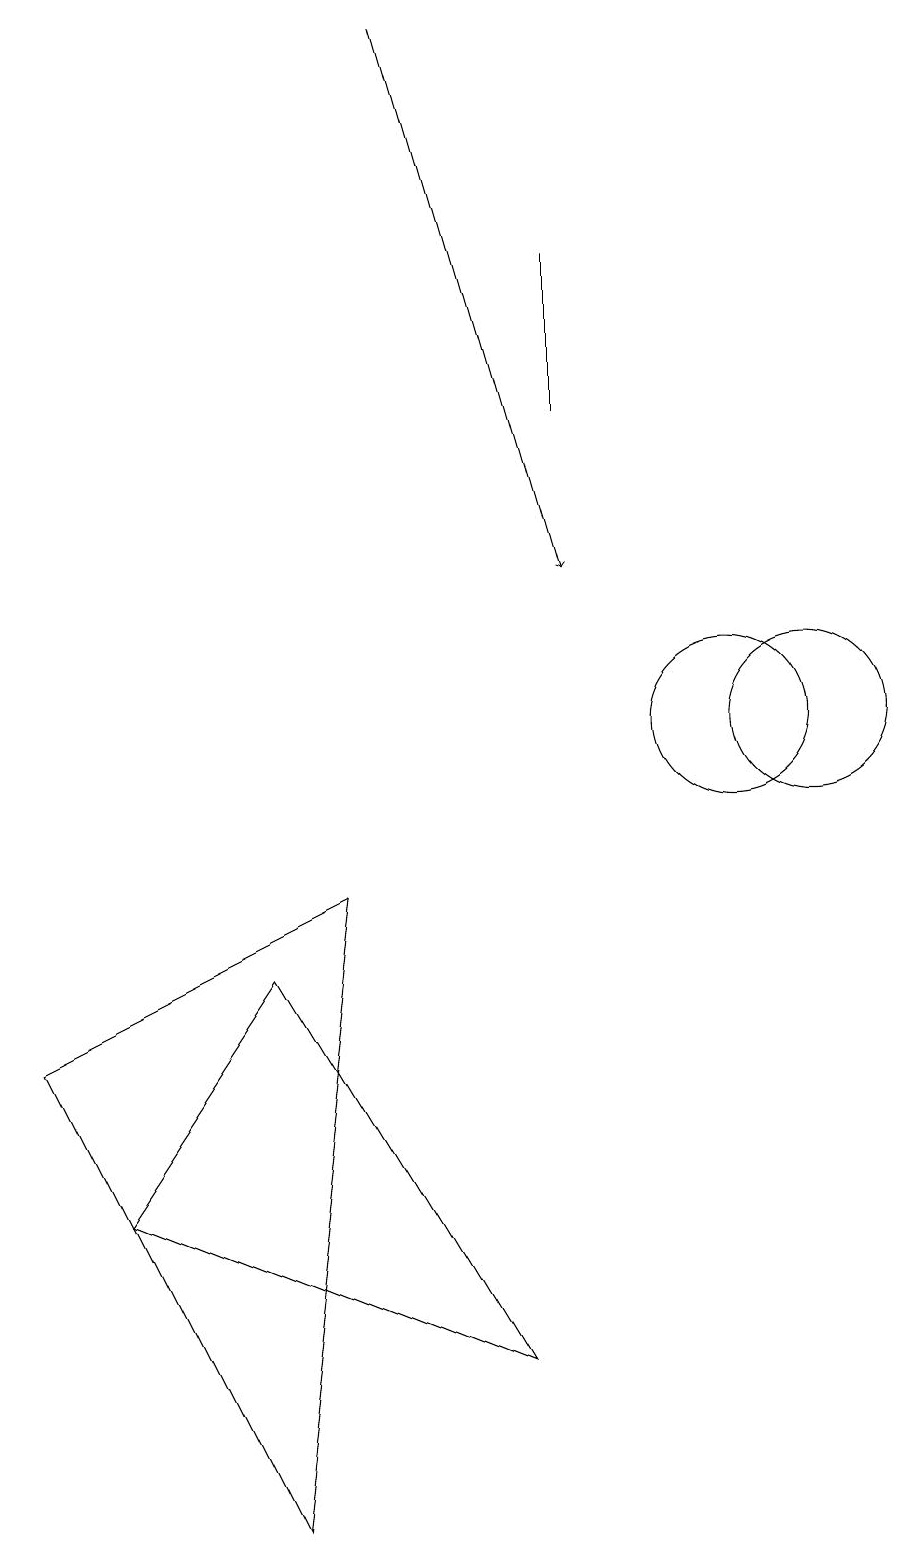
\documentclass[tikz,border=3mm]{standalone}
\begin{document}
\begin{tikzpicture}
\draw[->] (6,19) -- (8,12);
\draw (8,16) rectangle (8,14);
\draw (11,10) circle (1);
\draw (1,6) -- (4,0) -- (5,8) -- cycle;
\draw (10,10) circle (1);
\draw (4,7) -- (7,2) -- (2,4) -- cycle;
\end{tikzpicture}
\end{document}